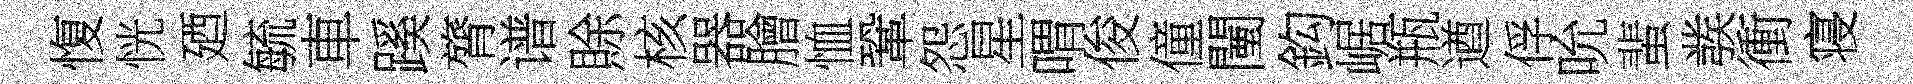
愎恍廼毓車蹊膂谱賖核器膾恤鞏怨星喟俊僮闉鈎崌瓶遒俘吮蜚彂衝寝